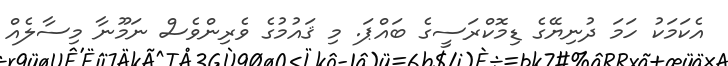
އެކަމަކު ހަމަ ދުނިޔޭގެ ޑިމޮކްރަސީގެ ބައްޕަ. މި ޤައުމުގެ ވެރިންވެސް ނަމޫނާ މިސާލެއް